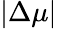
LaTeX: |\Delta\mu|